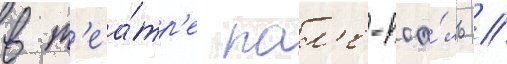
в т'еа́тр'е пал'е-роа́ль //